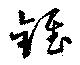
錐